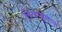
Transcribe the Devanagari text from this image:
लिव्हरपूलच्या